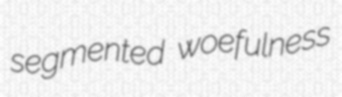
segmented woefulness